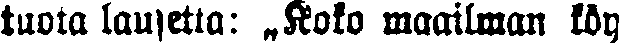
tuota lausetta: „Kolo maailman köy